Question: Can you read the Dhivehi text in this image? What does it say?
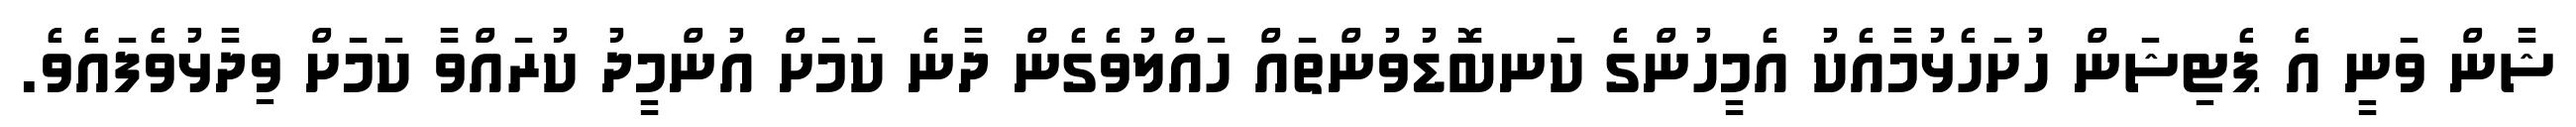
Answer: ޝާން ވަނީ އެ ޕެޓިޝަން ހުށަހެޅުމާއެކު އެމީހުންގެ ކަނބޮޑުވުންތައް ހައްލުވެގެން ދާނެ ކަމަށް އުންމީދު ކުރައްވާ ކަމަށް ވިދާޅުވެފައެވެ.